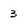
Character: 3